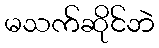
မသက်ဆိုင်ဘဲ